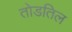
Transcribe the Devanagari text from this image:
तोडतिल